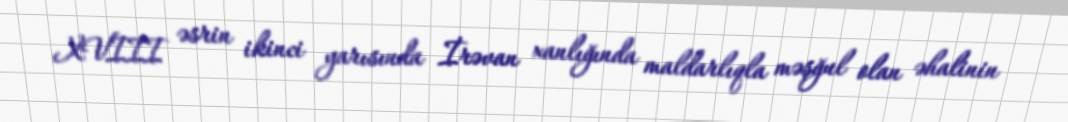
XVIII əsrin ikinci yarısında İrəvan xanlığında maldarlıqla məşğul olan əhalinin